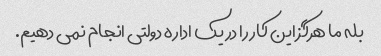
بله ما هرگز این کار را در یک اداره دولتی انجام نمی دهیم.